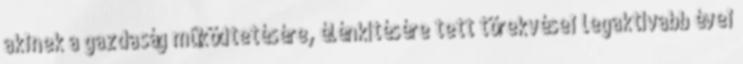
akinek a gazdaság mûködtetésére, élénkítésére tett törekvései legaktívabb évei